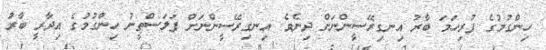
ހިންގުމުގެ ފުރިހަމަ ބާރު އިނގިރޭސީންނަށް ދިނެވެ. އިނގިރޭސީންނަށް ފަލަސްޠީނު ހިންގުމުގެ އިދާރީ ބާރު